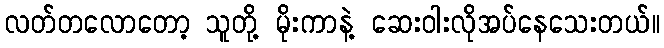
လတ်တလောတော့ သူတို့ မိုးကာနဲ့ ဆေးဝါးလိုအပ်နေသေးတယ်။